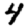
Digit: 4